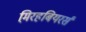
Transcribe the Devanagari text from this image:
म़िरहबियरर्स